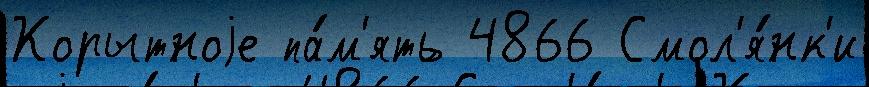
Корытноjе па́м'ять 4866 Смол'я́нк'и